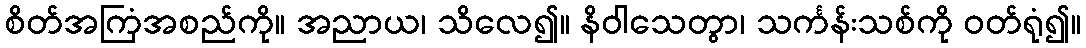
စိတ်အကြံအစည်ကို။ အညာယ၊ သိလေ၍။ နိဝါသေတွာ၊ သင်္ကန်းသစ်ကို ဝတ်ရုံ၍။